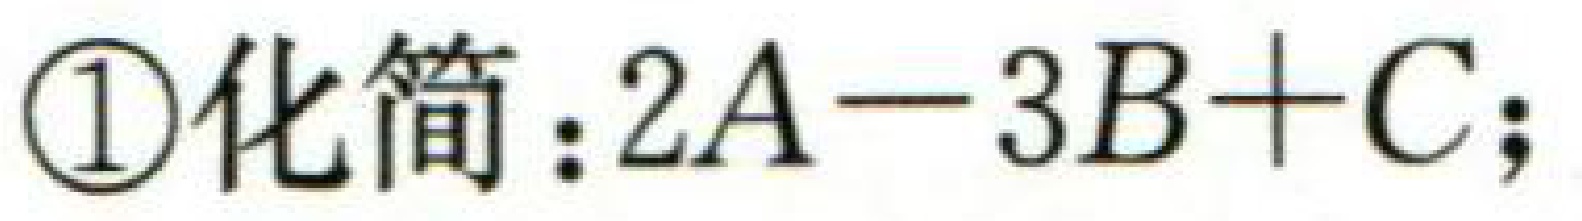
\textcircled{1}化简：\(2A - 3B + C\)；